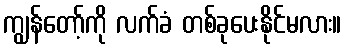
ကျွန်တော့်ကို လက်ခံ တစ်ခုပေးနိုင်မလား။